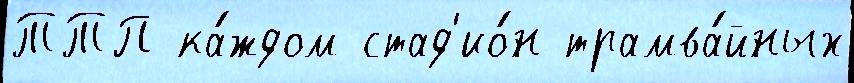
ТТП ка́ждом стад'ио́н трамва́йных